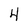
Character: 4